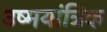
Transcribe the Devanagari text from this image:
उष्मयांत्रिक